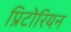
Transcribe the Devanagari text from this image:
प्रिटोरियन